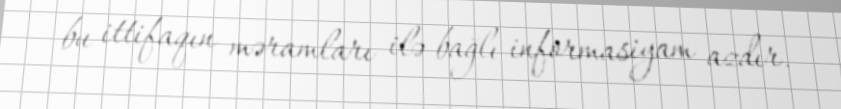
bu ittifaqın məramları ilə bağlı informasiyam azdır.